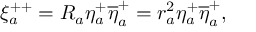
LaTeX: \xi _ { a } ^ { + + } = R _ { a } \eta _ { a } ^ { + } \overline { { { \eta } } } _ { a } ^ { + } = r _ { a } ^ { 2 } \eta _ { a } ^ { + } \overline { { { \eta } } } _ { a } ^ { + } ,